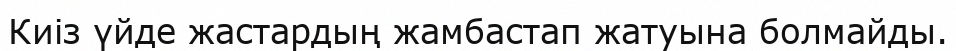
Киіз үйде жастардың жамбастап жатуына болмайды.